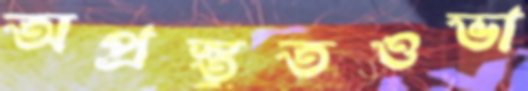
অপ্রস্তুতওভা